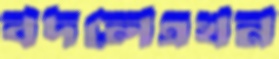
বদলেএখন